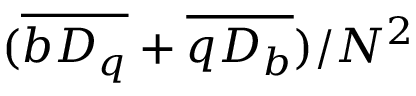
( \overline { { b { \cal D } _ { q } } } + \overline { { q { \cal D } _ { b } } } ) / N ^ { 2 }